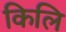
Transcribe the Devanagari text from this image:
किलि